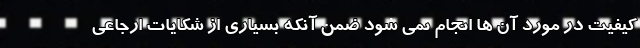
کیفیت در مورد آن ها انجام نمی شود ضمن آنکه بسیاری از شکایات ارجاعی